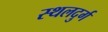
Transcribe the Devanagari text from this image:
स्थलदुर्ग